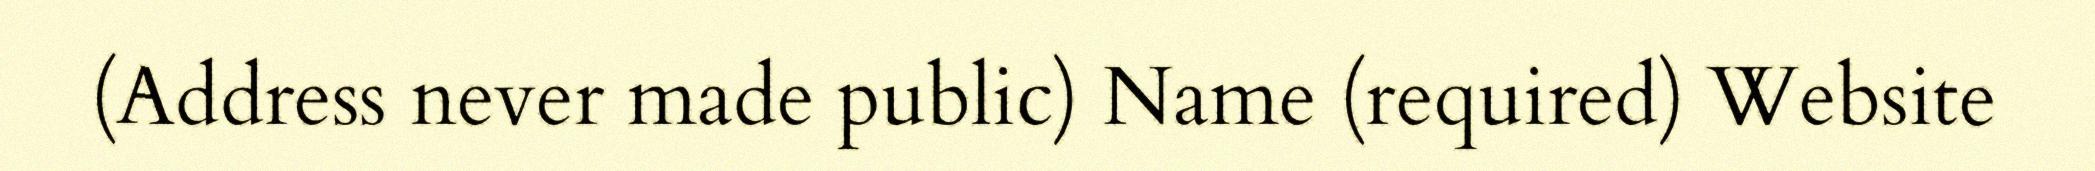
(Address never made public) Name (required) Website